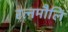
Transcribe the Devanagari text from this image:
रत्नमौलिं